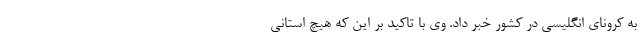
به کرونای انگلیسی در کشور خبر داد. وی با تاکید بر این که هیچ استانی